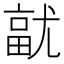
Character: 𭕓